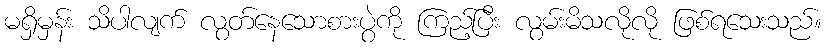
မရှိမှန်း သိပါလျက် လွတ်နေသောစားပွဲကို ကြည့်ပြီး လွမ်းမိသလိုလို ဖြစ်ရသေးသည်။